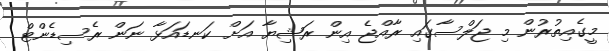
މީގެއިތުރުން މި ޖަލްސާގައި ރާއްޖެ އިން ރަޝިޔާ އަށް ކަނޑައަޅާ ނަން ރެސިޑެންޓް